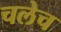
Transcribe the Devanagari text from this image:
चलेच